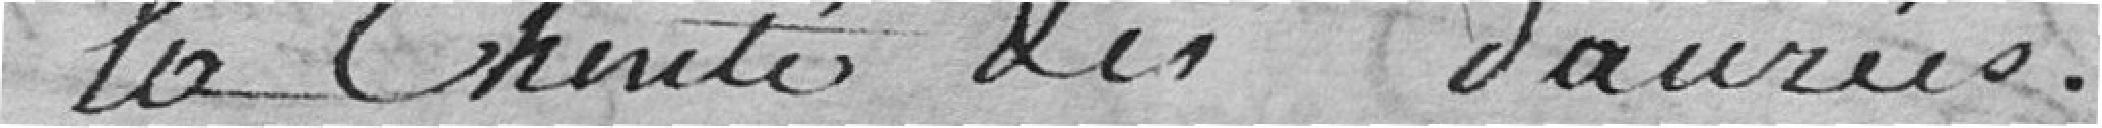
la chereté des denrées.